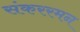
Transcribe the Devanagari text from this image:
संकररमन